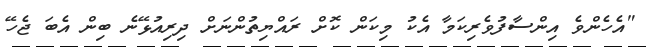
"އެހެންވެ އިންސާފުވެރިކަމާ އެކު މިކަން ކޮށް ރައްޔިތުންނަށް ދިރިއުޅޭނެ ބިން އެބަ ޖެހޭ